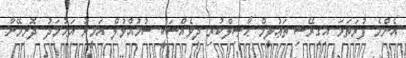
އެންމެ ފުރަތަމަ އިގިރޭސި ތަޢުލީމް ޙާޞިލްކުރި ދިވެއްސަކީ ސުމުއްވުލް އަމީރު އަޙުމަދު ދޮށިމޭނާ